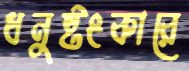
ধনুষ্টংকারে